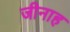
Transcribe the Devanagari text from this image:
जीनाह